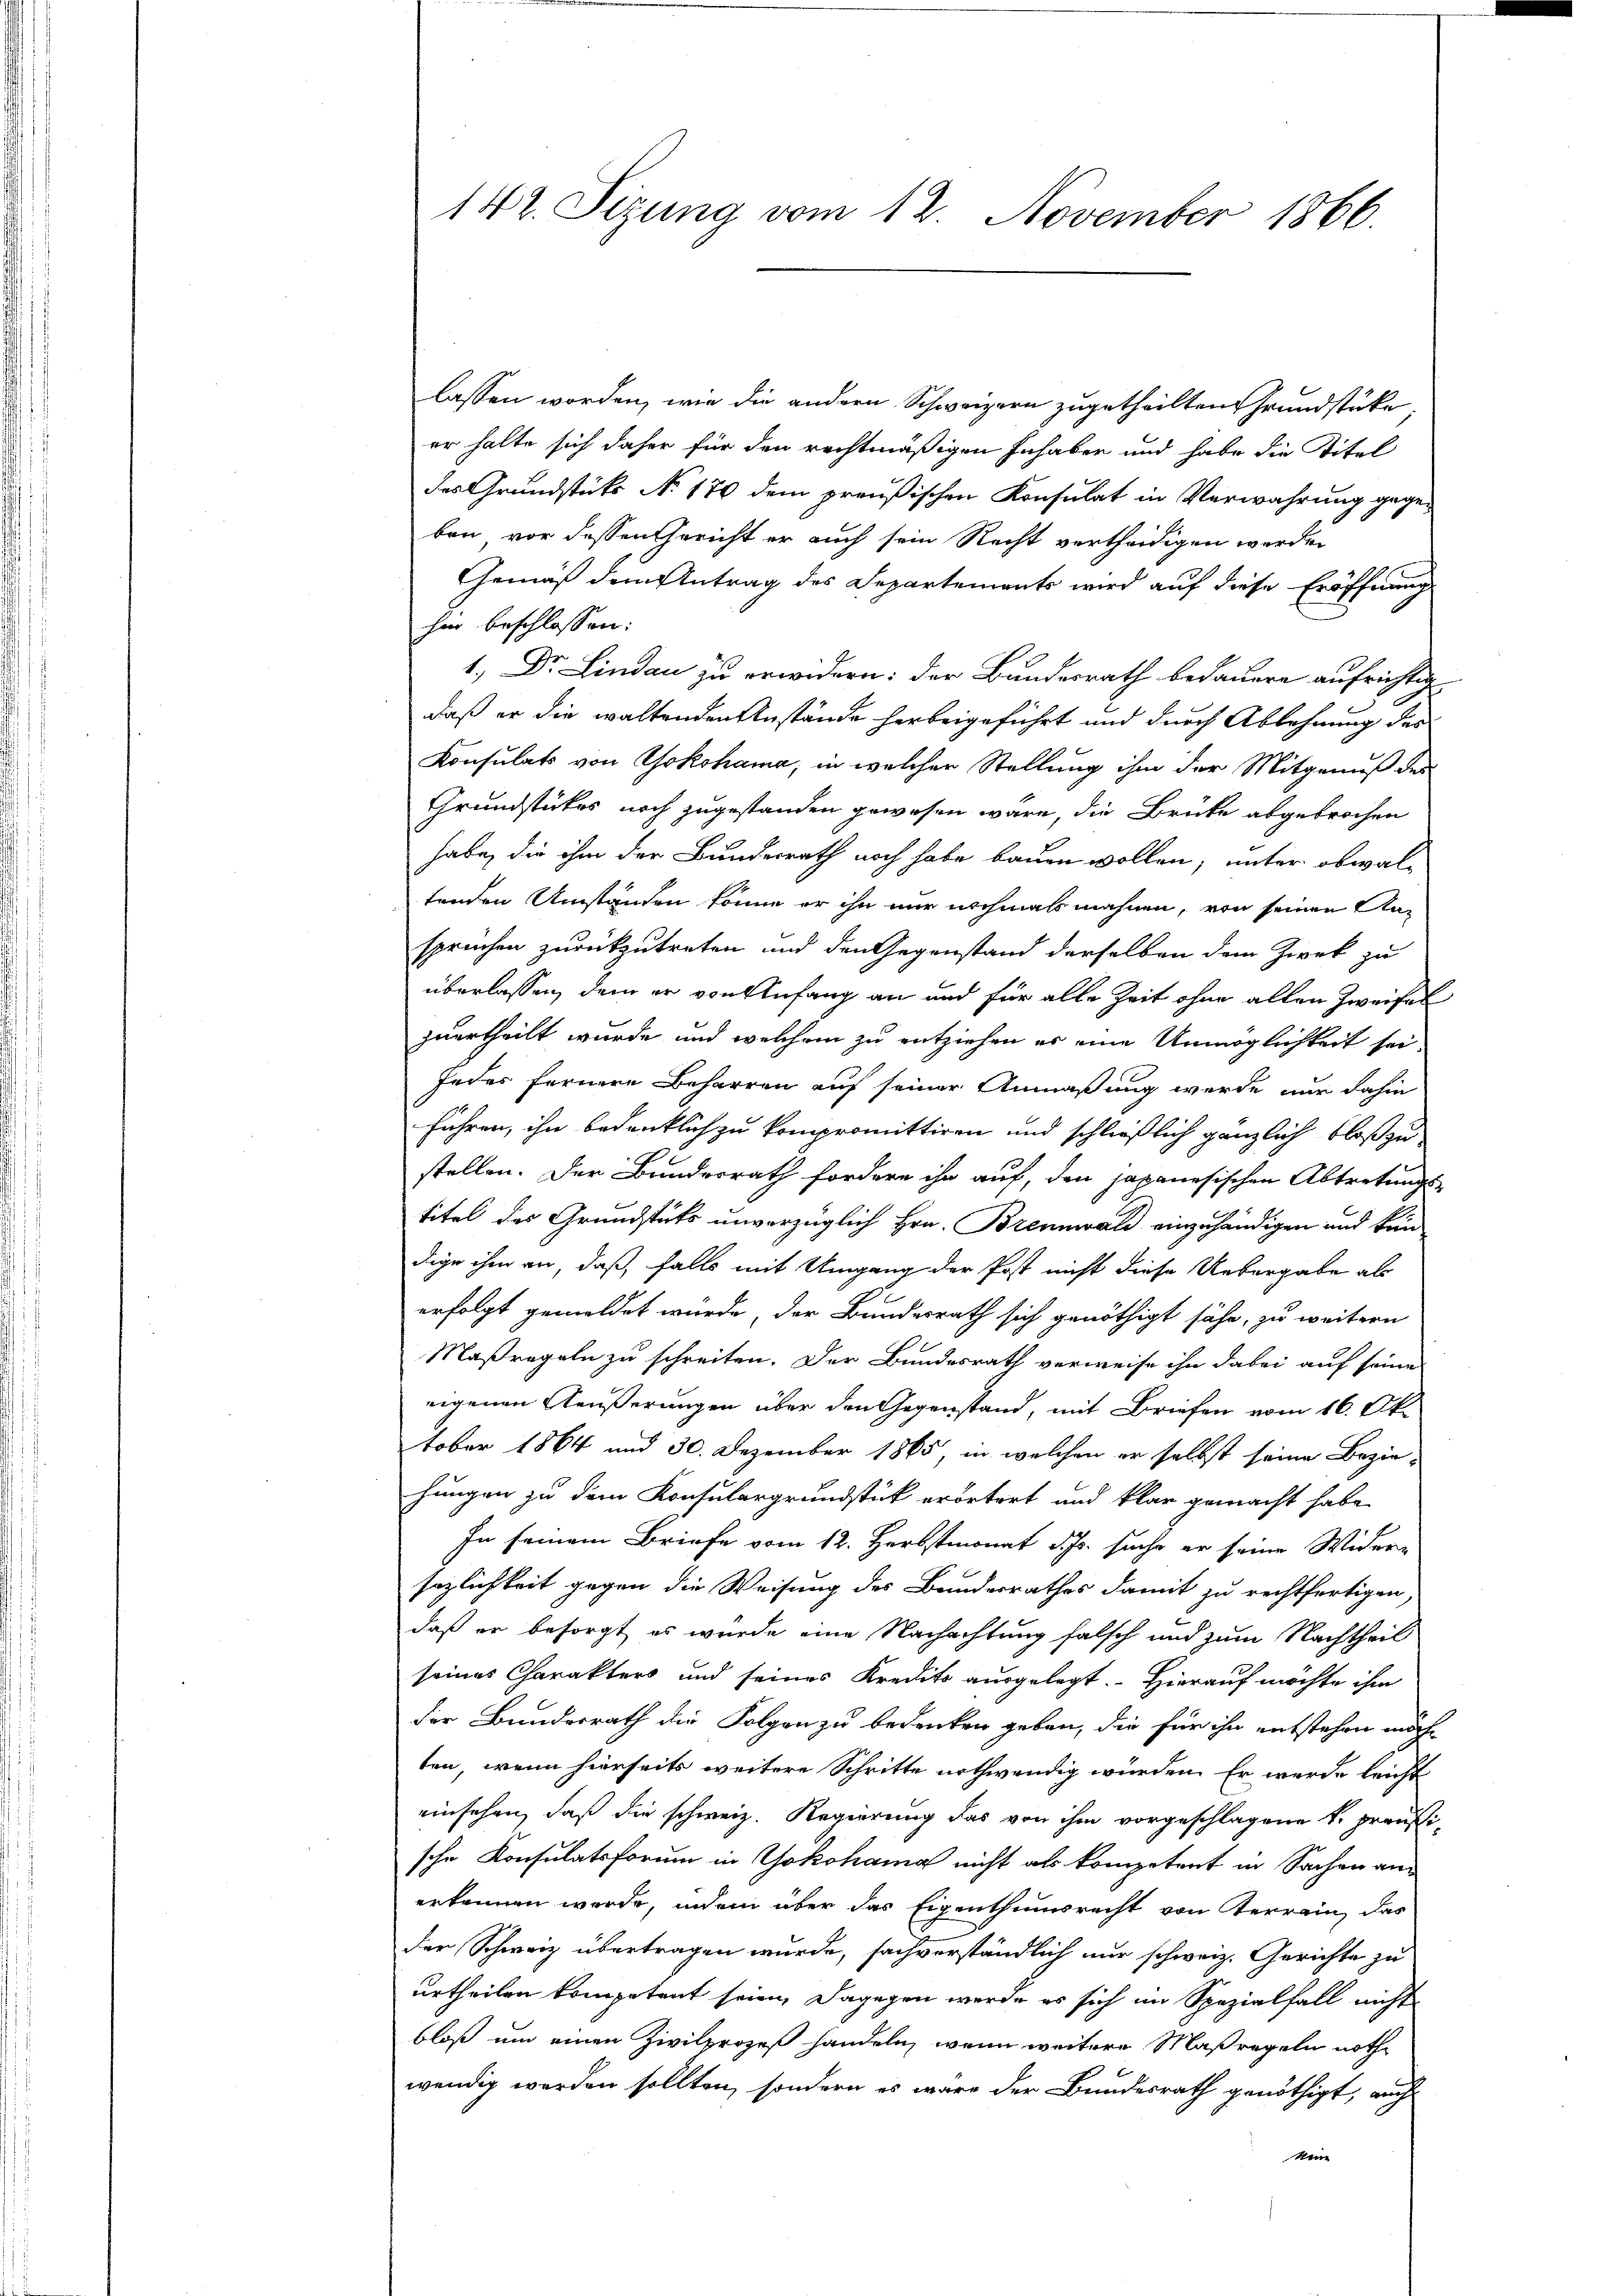
lassen worden, wie die andern Schweizern zugetheilten Grundstücke,
er halte sich daher für den rechtmäßigen Inhaben und habe die Titel
des Grundstüks No 170 dem preußischen Konsulat in Verwahrung gegeben vor dessen Gericht er auch sein Recht vertheidigen werden
Gemäß dem Antrag des Departements wird auf diese Eröffnung
hin beschlossen:
1., Dr. Lindau zu erwidern: der Bundesrath bedauere aufrichtig
daß er die waltenden Anstände herbeigeführt und durch Ablehnung des
Konsulats von Yokohama, in welcher Stellung ihm der Mitgenuß des
Grundstückes noch zugestanden gewesen wäre, die Brücke abgebrochen
habe, die ihm der Bundesrath noch habe bauen wollen, unter obwaltenden Umständen könne er ihn nur nochmals mahnen, von seinen An-
spruchen zurückzutreten und den Gegenstand derselben dem Zwek zu
überlassen, dem er von Anfang an und für alle Zeit ohne allen Zweifel
zuurtheilt wurde und welchem zu entziehen es eine Unmöglichkeit sei.
Jeder fernere Beharren auf seiner Anmaßung werde nur dahin
führen, ihn bedenklich zu kompromittiren und schließlich gänzlich bloß zustellen. Der Bundesrath fordern ihn auf, den japanesischen Abtretungs-
titel des Grundstüks unverzüglich Hrn. Brennwald einzuhändigen und kein
dige ihm an, daß, falls mit Umgang der Post nicht diese Uebergabe als
erfolgt gemeldet wurde, der Bundesrath sich genöthigt sähe, zu weitern
Maßregeln zu schreiten. Der Bundesrath verweise ihn dabei auf seine
eigenen Äußerungen über den Gegenstand, mit Briefen vom 16. Okt
tober 1864 und 30. Dezember 1865, in welchen er selbst seine Bezirhungen zu dem Konsulargrundstück erörtert und klar gemacht habe.
In seinem Briefe vom 12. Herbstmonat J. suche er seine Wider-
sezlichkeit gegen die Weisung des Bundesrathes damit zu rechtfertigen,
daß er besorgt, es wurde eine Nachachtung falsch und zum Nachtheil
seines Charakters und seines Kredits ausgelegt. Hierauf möchte ihm
der Bundesrath die Folgen zu bedenken geben, die für ihn entstehen möchten, wenn hierseits weitere Schritte nothwendig würden. Er wurde leicht
einsehen, daß die schweiz. Regierung das von ihm vorgeschlagene k. preußische Konsulatsformen in Yokohama nicht als kompetent in Sachen an
erkennen werde, indem über das Eigenthumsrecht von Terrain, das
der Schweiz übertragen wurde, sachverständlich nur schweiz. Gerichte zu
urtheilen kompetent seien, dagegen werde es sich im Spezialfall nicht
bloß um einen Zivilprozeß handeln, wenn weitere Maßregeln nothwendig werden sollten, sondern es wäre der Bundesrath genöthigt, auch
kein

142. Sizung vom 12. November 1866.